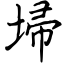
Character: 埽